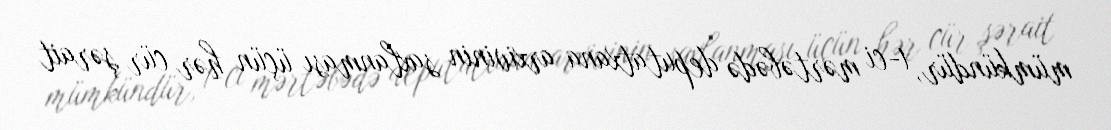
mümkündür, 1-ci mərtəbədə deputatxana arxivinin saxlanması üçün hər cür şərait